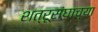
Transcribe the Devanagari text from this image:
शत्रूसंघाच्या